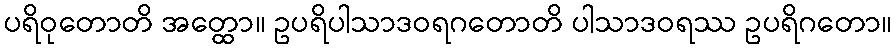
ပရိဝုတောတိ အတ္ထော။ ဥပရိပါသာဒဝရဂတောတိ ပါသာဒဝရဿ ဥပရိဂတော။